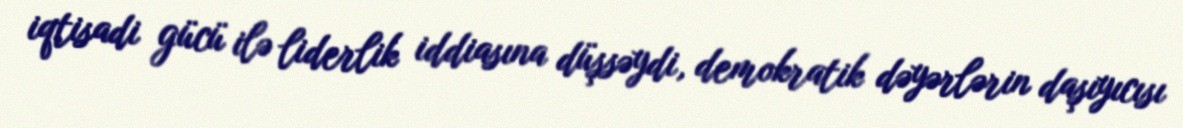
iqtisadi gücü ilə liderlik iddiasına düşsəydi, demokratik dəyərlərin daşıyıcısı